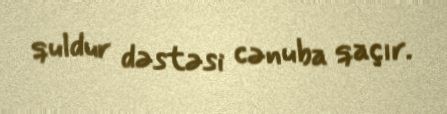
quldur dəstəsi cənuba qaçır.